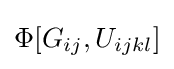
\Phi [G_{ij},U_{ijkl}]